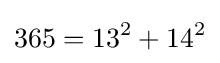
365=13^{2}+14^{2}